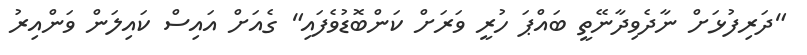
"ދަރިފުޅަށް ނާދެވިދާނޭތީ ބައްޕަ ހުރީ ވަރަށް ކަންބޮޑުވެފައި" ގެއަށް އައިސް ކައިލަން ވަންއިރު